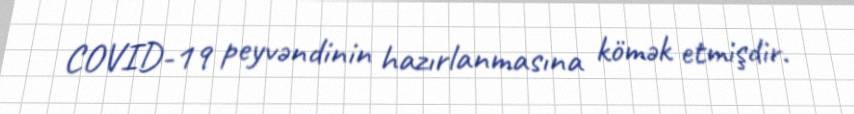
COVID-19 peyvəndinin hazırlanmasına kömək etmişdir.